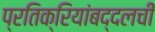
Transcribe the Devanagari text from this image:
प्रतिक्रियांबद्दलची